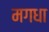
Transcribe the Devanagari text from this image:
मगधा